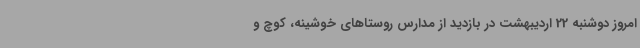
امروز دوشنبه 22 اردیبهشت در بازدید از مدارس روستاهای خوشینه، کوچ و